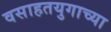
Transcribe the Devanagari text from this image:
वसाहतयुगाच्या